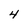
Character: 4